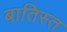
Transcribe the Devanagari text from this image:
बातिस्त